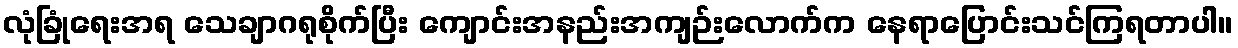
လုံခြုံရေးအရ သေချာဂရုစိုက်ပြီး ကျောင်းအနည်းအကျဉ်းလောက်က နေရာပြောင်းသင်ကြရတာပါ။